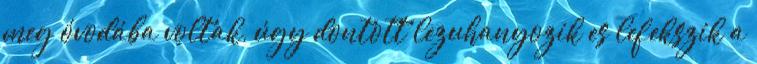
meg óvodába voltak, úgy dontott lezuhanyozik es lefekszik a